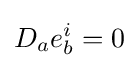
D_{a}e_{b}^{i}=0